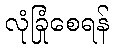
လုံခြုံစေရန်